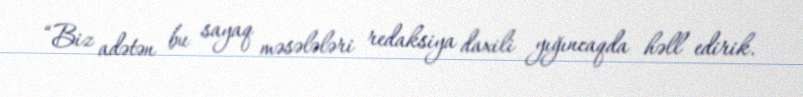
“Biz adətən bu sayaq məsələləri redaksiya daxili yığıncaqda həll edirik.